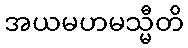
အယမဟမသ္မီတိ